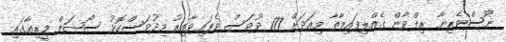
ނޫސްވެރިޔާ ރިލްވާން ގެއްލިފައިވާތާ މިއަދަށް 177 ދުވަސް ވެފައިވާއިރު މިދުވަސްކޮޅު ސޯޝަލް މީޑިއާގައި